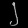
Digit: ၂